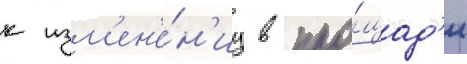
к изм'ен'е́н'иу в пло́щад'и